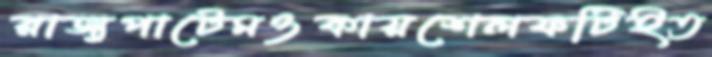
রাজ্যপাটেমওকায়শেলফটিইত